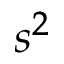
s ^ { 2 }